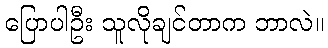
ပြောပါဦး သူလိုချင်တာက ဘာလဲ။